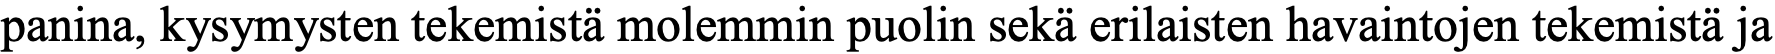
panina, kysymysten tekemistä molemmin puolin sekä erilaisten havaintojen tekemistä ja